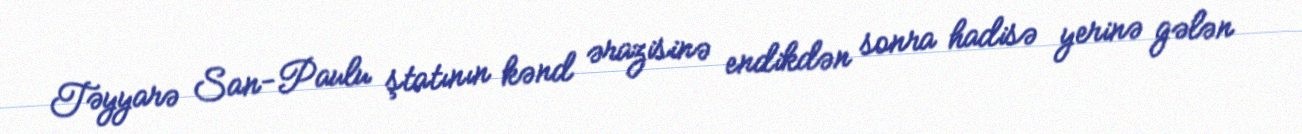
Təyyarə San-Paulu ştatının kənd ərazisinə endikdən sonra hadisə yerinə gələn